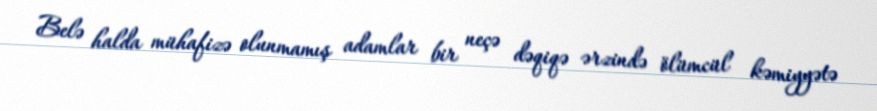
Belə halda mühafizə olunmamış adamlar bir neçə dəqiqə ərzində ölümcül kəmiyyətə